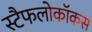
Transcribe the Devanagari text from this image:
स्टैफलोकॉकस